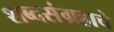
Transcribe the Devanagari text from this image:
शब्दसंग्रहाचे